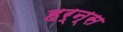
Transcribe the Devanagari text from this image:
हर्न्स